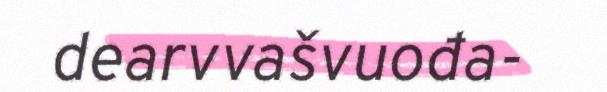
dearvvašvuođa-